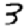
Digit: 3